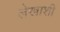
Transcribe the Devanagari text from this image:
लेखाशी